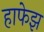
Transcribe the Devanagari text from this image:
हाफेझ